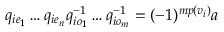
q _ { i e _ { 1 } } \dots q _ { i e _ { n } } q _ { i o _ { 1 } } ^ { - 1 } \dots q _ { i o _ { m } } ^ { - 1 } = ( - 1 ) ^ { m p ( v _ { i } ) } a